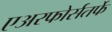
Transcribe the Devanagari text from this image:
एअरफोर्सतर्फे